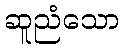
ဆူညံသော